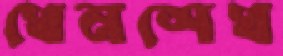
খেনশেখ